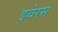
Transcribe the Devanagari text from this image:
इबेरस